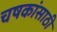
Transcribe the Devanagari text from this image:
चषकांसाठी